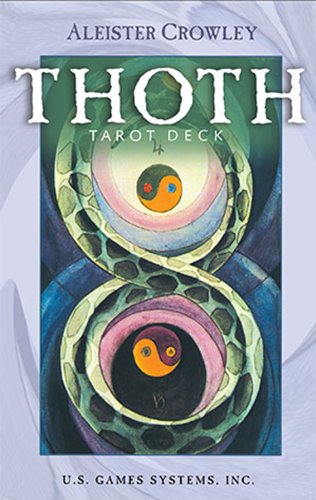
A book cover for Thoth Tarot Deck; Aleister Crowley; Religion & Spirituality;